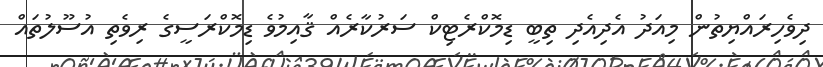
ދިވެހިރައްޔިތުން މިއަދު އެދިއެދި ތިބީ ޑިމޮކްރެޓިކް ސަރުކާރެއް ޤާއިމުވެ ޑިމޮކްރަސީގެ ރިވެތި އުސޫލުތައް